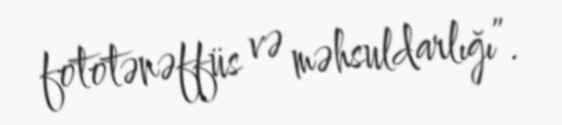
fototənəffüs və məhsuldarlığı”.